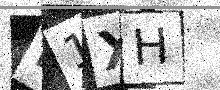
Text: L1XH